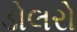
ડોલરો